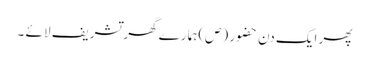
پھر ایک دن حضو ر (ص)ہما رے گھر تشریف لا ئے ۔